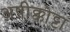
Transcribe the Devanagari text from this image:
अष़ीक्कोट्टा